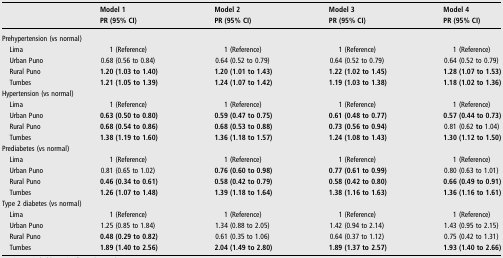
<table><thead><tr><td></td><td><b>Model 1</b></td><td><b>Model 2</b></td><td><b>Model 3</b></td><td><b>Model 4</b></td></tr><tr><td></td><td><b>PR (95% CI)</b></td><td><b>PR (95% CI)</b></td><td><b>PR (95% CI)</b></td><td><b>PR (95% CI)</b></td></tr></thead><tbody><tr><td colspan="5">Prehypertension (vs normal)</td></tr><tr><td> Lima</td><td>1 (Reference)</td><td>1 (Reference)</td><td>1 (Reference)</td><td>1 (Reference)</td></tr><tr><td> Urban Puno</td><td>0.68 (0.56 to 0.84)</td><td>0.64 (0.52 to 0.79)</td><td>0.64 (0.52 to 0.79)</td><td>0.64 (0.52 to 0.79)</td></tr><tr><td> Rural Puno</td><td><b>1.20 (1.03 to 1.40)</b></td><td><b>1.20 (1.01 to 1.43)</b></td><td><b>1.22 (1.02 to 1.45)</b></td><td><b>1.28 (1.07 to 1.53)</b></td></tr><tr><td> Tumbes</td><td><b>1.21 (1.05 to 1.39)</b></td><td><b>1.24 (1.07 to 1.42)</b></td><td><b>1.19 (1.03 to 1.38)</b></td><td><b>1.18 (1.02 to 1.36)</b></td></tr><tr><td colspan="5">Hypertension (vs normal)</td></tr><tr><td> Lima</td><td>1 (Reference)</td><td>1 (Reference)</td><td>1 (Reference)</td><td>1 (Reference)</td></tr><tr><td> Urban Puno</td><td><b>0.63 (0.50 to 0.80)</b></td><td><b>0.59 (0.47 to 0.75)</b></td><td><b>0.61 (0.48 to 0.77)</b></td><td><b>0.57 (0.44 to 0.73)</b></td></tr><tr><td> Rural Puno</td><td><b>0.68 (0.54 to 0.86)</b></td><td><b>0.68 (0.53 to 0.88)</b></td><td><b>0.73 (0.56 to 0.94)</b></td><td>0.81 (0.62 <b>to</b> 1.04)</td></tr><tr><td> Tumbes</td><td><b>1.38 (1.19 to 1.60)</b></td><td><b>1.36 (1.18 to 1.57)</b></td><td><b>1.24 (1.08 to 1.43)</b></td><td><b>1.30 (1.12 to 1.50)</b></td></tr><tr><td colspan="5">Prediabetes (vs normal)</td></tr><tr><td> Lima</td><td>1 (Reference)</td><td>1 (Reference)</td><td>1 (Reference)</td><td>1 (Reference)</td></tr><tr><td> Urban Puno</td><td>0.81 (0.65 to 1.02)</td><td><b>0.76 (0.60 to 0.98)</b></td><td><b>0.77 (0.61 to 0.99)</b></td><td>0.80 (0.63 to 1.01)</td></tr><tr><td> Rural Puno</td><td><b>0.46 (0.34 to 0.61)</b></td><td><b>0.58 (0.42 to 0.79)</b></td><td><b>0.58 (0.42 to 0.80)</b></td><td><b>0.66 (0.49 to 0.91)</b></td></tr><tr><td> Tumbes</td><td><b>1.26 (1.07 to 1.48)</b></td><td><b>1.39 (1.18 to 1.64)</b></td><td><b>1.38 (1.16 to 1.63)</b></td><td><b>1.36 (1.16 to 1.61)</b></td></tr><tr><td colspan="5">Type 2 diabetes (vs normal)</td></tr><tr><td> Lima</td><td>1 (Reference)</td><td>1 (Reference)</td><td>1 (Reference)</td><td>1 (Reference)</td></tr><tr><td> Urban Puno</td><td>1.25 (0.85 to 1.84)</td><td>1.34 (0.88 to 2.05)</td><td>1.42 (0.94 to 2.14)</td><td>1.43 (0.95 to 2.15)</td></tr><tr><td> Rural Puno</td><td><b>0.48 (0.29 to 0.82)</b></td><td>0.61 (0.35 to 1.06)</td><td>0.64 (0.37 to 1.12)</td><td>0.75 (0.42 to 1.31)</td></tr><tr><td> Tumbes</td><td><b>1.89 (1.40 to 2.56)</b></td><td><b>2.04 (1.49 to 2.80)</b></td><td><b>1.89 (1.37 to 2.57)</b></td><td><b>1.93 (1.40 to 2.66)</b></td></tr></tbody></table>